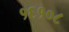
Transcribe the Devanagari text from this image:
१६१०८